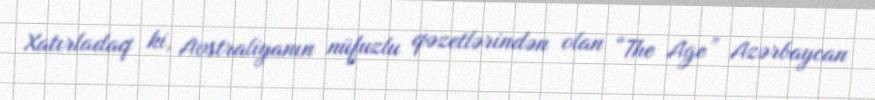
Xatırladaq ki, Avstraliyanın nüfuzlu qəzetlərindən olan “The Age” Azərbaycan